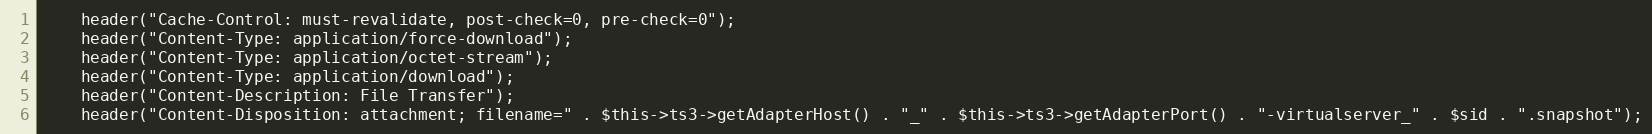
Language: PHP
    header("Cache-Control: must-revalidate, post-check=0, pre-check=0");
    header("Content-Type: application/force-download");
    header("Content-Type: application/octet-stream");
    header("Content-Type: application/download");
    header("Content-Description: File Transfer");
    header("Content-Disposition: attachment; filename=" . $this->ts3->getAdapterHost() . "_" . $this->ts3->getAdapterPort() . "-virtualserver_" . $sid . ".snapshot");